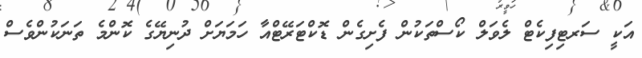
އަކީ ސަރޓިފިކެޓް ލެވަލް ކޯސްތަކުން ފެށިގެން ޑޮކްޓަރޭޓްއާ ހަމަޔަށް ދުނިޔޭގެ ކޮންމެ ތަނަކުންވެސް